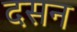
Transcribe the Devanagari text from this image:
दसन